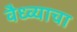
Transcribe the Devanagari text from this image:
वैध्व्याचा